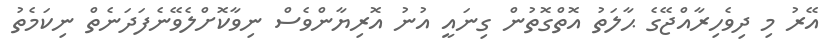
އޭރު މި ދިވެހިރާއްޖޭގެ ޙާލަތު އޮތްގޮތުން ގިނައީ އުނު އޮރިޔާންވެސް ނިވާކޮށްލެވޭނެފަދަނެތް ނިކަމެތު